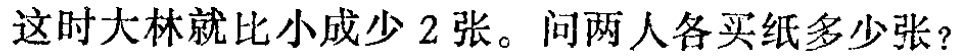
这时大林就比小成少 2 张。问两人各买纸多少张？